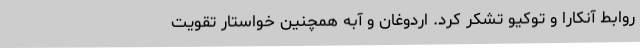
روابط آنکارا و توکیو تشکر کرد. اردوغان و آبه همچنین خواستار تقویت